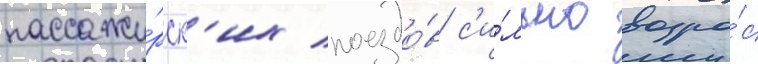
пассажи́рск'их поездо́в с'и́льно возро́с